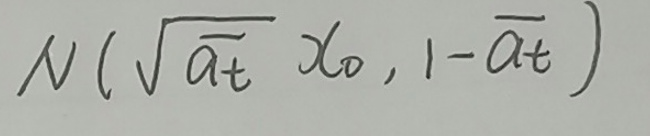
$\mathcal{N}(\sqrt{\overline{a_t}}x_0,1 - \overline{a_t})$